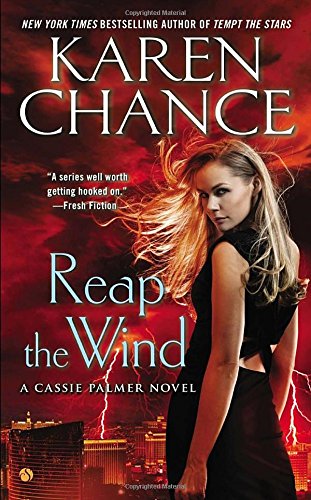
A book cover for Reap the Wind: A Cassie Palmer Novel; Karen Chance; Science Fiction & Fantasy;